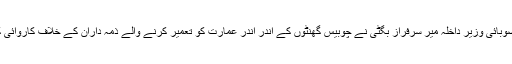
اس موقع پر صوبائی وزیر داخلہ میر سرفراز بگٹی نے چوبیس گھنٹوں کے اندر اندر عمارت کو تعمیر کرنے والے ذمہ داران کے خلاف کاروائی کی ہدایت کیں۔